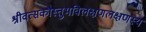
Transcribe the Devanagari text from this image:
श्रीवत्सकौस्तुभविलक्षणलक्षणस्य